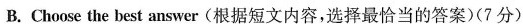
B.Choose the best answer (根据短文内容,选择最恰当的答案(7分)